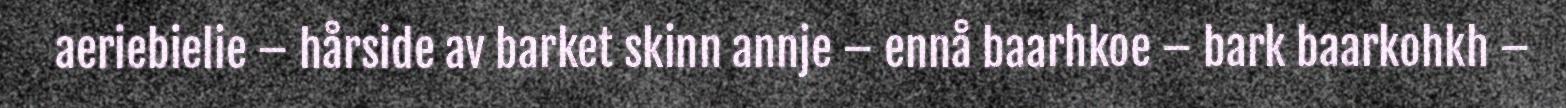
aeriebielie – hårside av barket skinn annje – ennå baarhkoe – bark baarkohkh –